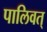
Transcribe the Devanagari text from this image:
पालिवत्‌